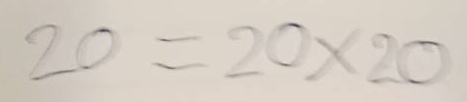
20 =20x20